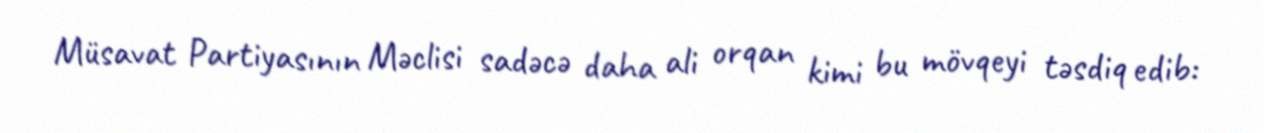
Müsavat Partiyasının Məclisi sadəcə daha ali orqan kimi bu mövqeyi təsdiq edib: